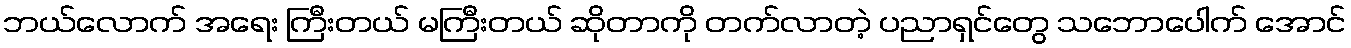
ဘယ်လောက် အရေး ကြီးတယ် မကြီးတယ် ဆိုတာကို တက်လာတဲ့ ပညာရှင်တွေ သဘောပေါက် အောင်